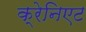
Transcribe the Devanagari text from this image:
क्रेनिएट